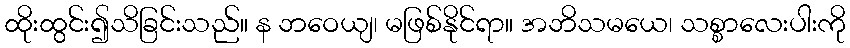
ထိုးထွင်း၍သိခြင်းသည်။ န ဘဝေယျ၊ မဖြစ်နိုင်ရာ။ အဘိသမယေ၊ သစ္စာလေးပါးကို